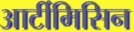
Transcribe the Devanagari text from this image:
आर्टीमिसिन